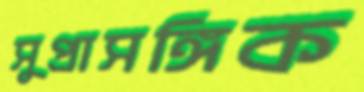
সুপ্রাসঙ্গিক